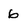
Character: 6